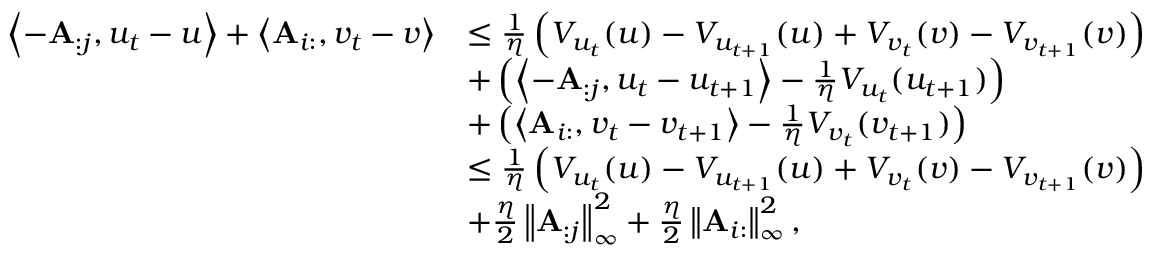
\begin{array} { r l } { \left\langle - \mathbf { A } _ { : j } , u _ { t } - u \right\rangle + \left\langle \mathbf { A } _ { i : } , v _ { t } - v \right\rangle } & { \le \frac 1 \eta \left( V _ { u _ { t } } ( u ) - V _ { u _ { t + 1 } } ( u ) + V _ { v _ { t } } ( v ) - V _ { v _ { t + 1 } } ( v ) \right) } \\ & { + \left( \left\langle - \mathbf { A } _ { : j } , u _ { t } - u _ { t + 1 } \right\rangle - \frac { 1 } { \eta } V _ { u _ { t } } ( u _ { t + 1 } ) \right) } \\ & { + \left( \left\langle \mathbf { A } _ { i : } , v _ { t } - v _ { t + 1 } \right\rangle - \frac { 1 } { \eta } V _ { v _ { t } } ( v _ { t + 1 } ) \right) } \\ & { \le \frac 1 \eta \left( V _ { u _ { t } } ( u ) - V _ { u _ { t + 1 } } ( u ) + V _ { v _ { t } } ( v ) - V _ { v _ { t + 1 } } ( v ) \right) } \\ & { + \frac { \eta } { 2 } \left\lVert \mathbf { A } _ { : j } \right\rVert _ { \infty } ^ { 2 } + \frac { \eta } { 2 } \left\lVert \mathbf { A } _ { i : } \right\rVert _ { \infty } ^ { 2 } , } \end{array}